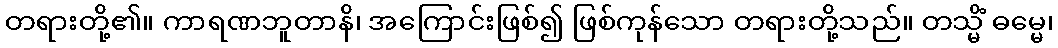
တရားတို့၏။ ကာရဏဘူတာနိ၊ အကြောင်းဖြစ်၍ ဖြစ်ကုန်သော တရားတို့သည်။ တသ္မိံ ဓမ္မေ၊